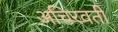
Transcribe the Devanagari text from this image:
अचिरवती